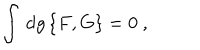
\int \, \mathrm { d } g \, \{ F , G \} = 0 ~ ,